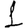
Digit: 1